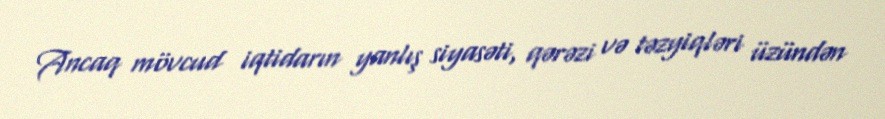
Ancaq mövcud iqtidarın yanlış siyasəti, qərəzi və təzyiqləri üzündən